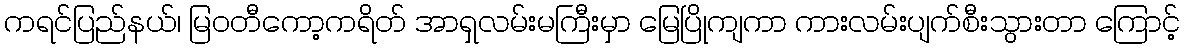
ကရင်ပြည်နယ်၊ မြဝတီကော့ကရိတ် အာရှလမ်းမကြီးမှာ မြေပြိုကျကာ ကားလမ်းပျက်စီးသွားတာ ကြောင့်